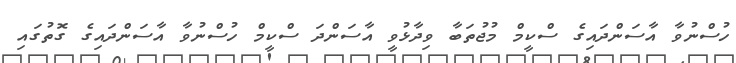
ހުސްނުވާ އާސަންދައިގެ ސްކީމް މުޖުތަބާ ވިދާޅުވީ އާސަންދަ ސްކީމް ހުސްނުވާ އާސަންދައިގެ ގޮތުގައި